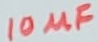
Text: 10µF